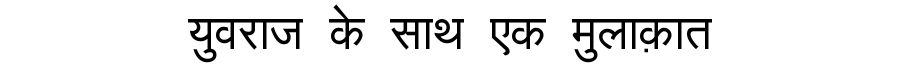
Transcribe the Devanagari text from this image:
युवराज के साथ एक मुलाक़ात